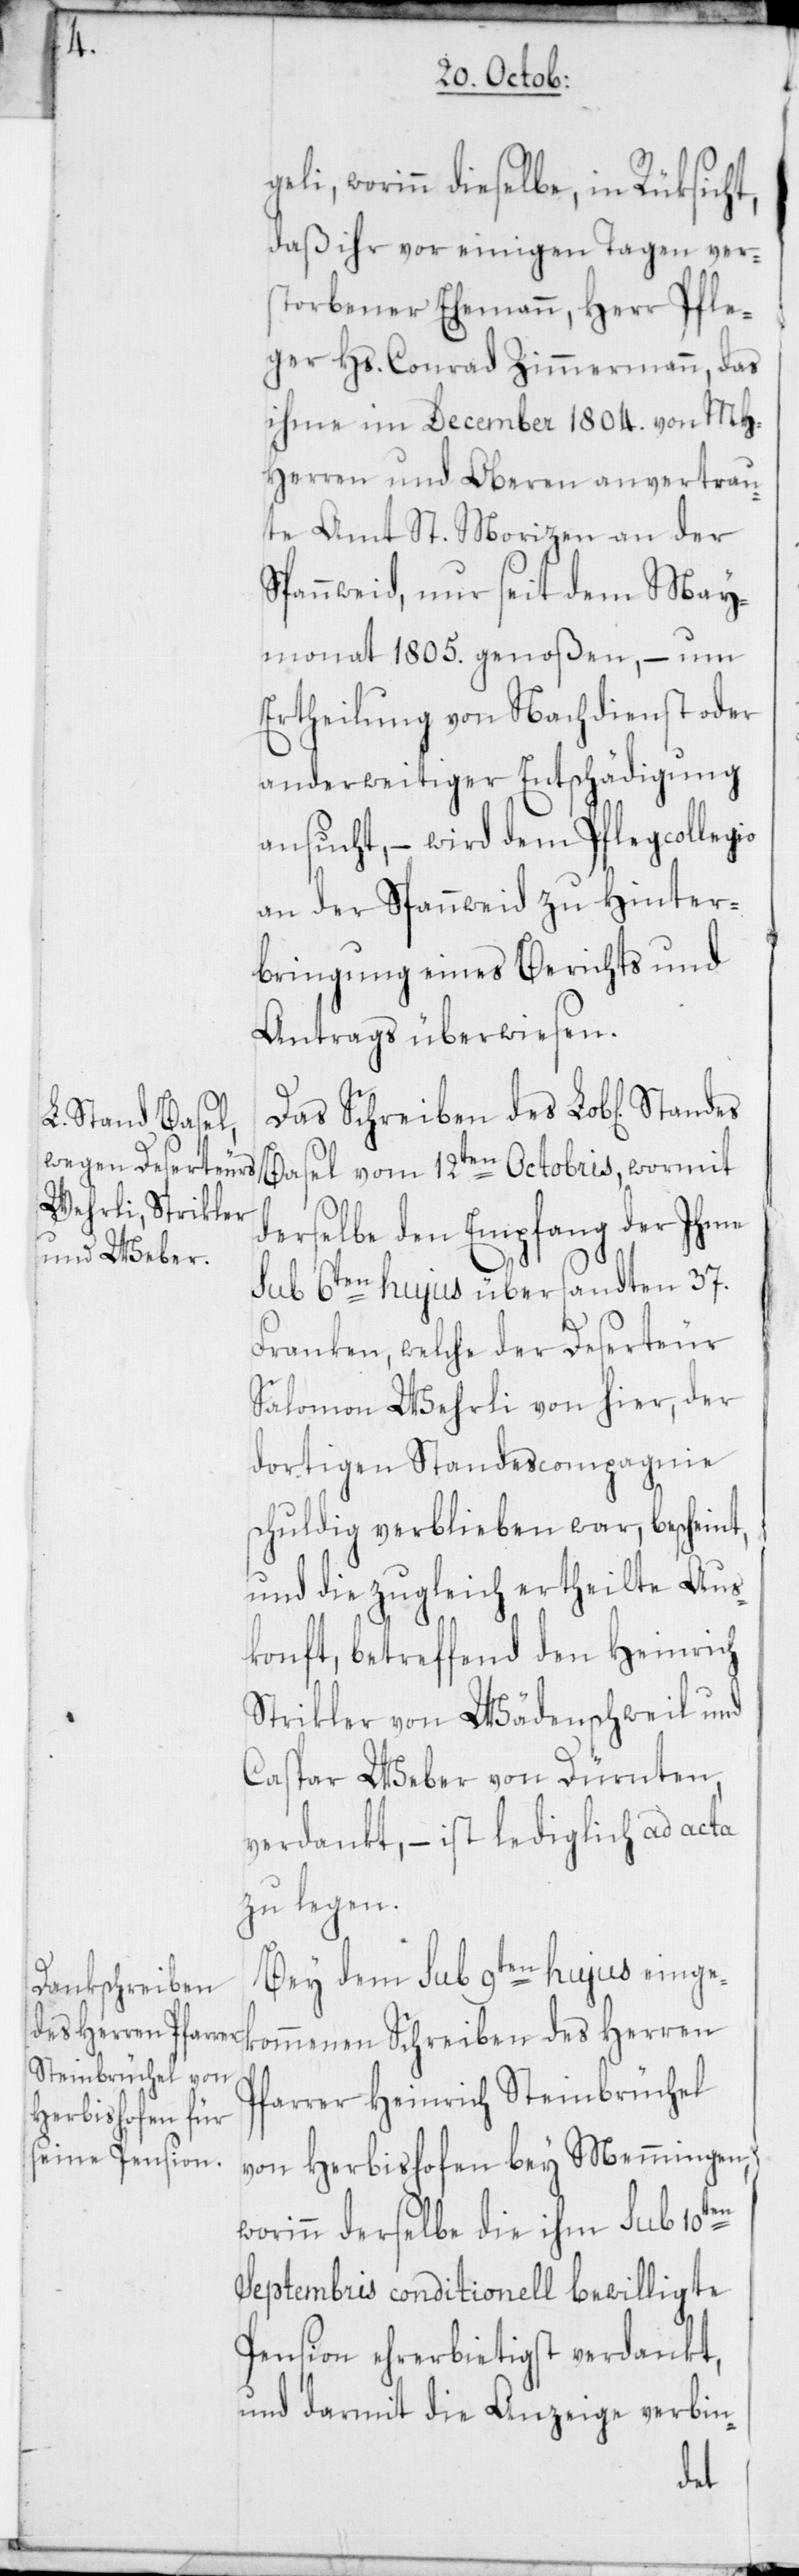
worinn dieselbe, in Rüksicht,
daß ihr vor einigen Tagen ver¬
storbener Ehemann, Herr Pfle¬
ger Hs. Conrad Zimmermann, das
ihme im December 1804. von MH¬
Herren und Oberen anvertrau¬
te Amt St. Morizen an der
Spannweid, nur seit dem May¬
monat 1805. genoßen, – um
Ertheilung von Nachdienst oder
anderweitiger Entschädigung
ansucht, – wird dem Pflegcollegio
an der Spannweid zu Hinter¬
bringung eines Berichts und
Antrags überwiesen.
Das Schreiben des Lob[lichen]
Basel vom 12ten Octobris, wormit
derselbe den Empfang der Ihme
sub 6ten hujus übersandten 37.
Franken, welche der Deserteur
Salomon Wehrli von hier, der
dortigen Standescompagnie s¬
chuldig verblieben war, bescheint,
und die zugleich ertheilte Aus¬
konft, betreffend den Heinrich
Strikler von Wädenschweil und
Caspar Weber von Dürnten,
verdankt, – ist lediglich ad acta
zu legen.
Bey dem sub 9ten hujus einge¬
kommenen Schreiben des Herren
Pfarrer Heinrich Steinbrüchel
von Herbishofen bey Memmingen,
worinn derselbe die ihm sub 10ten
Septembris conditionell bewilligte
Pension ehrerbietigst verdankt,
und darmit die Anzeige verbin-